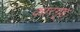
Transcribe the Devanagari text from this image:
कारगृह